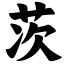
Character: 茨